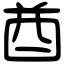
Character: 酋